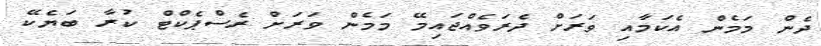
ދެން މަމެން އެކަމާއި ވަރަށް ދެރަވެއްޖައިމޭ މަމެން ވަރަށް ރެސްޕެކްޓް ކުރާ ބަޔެކޭ